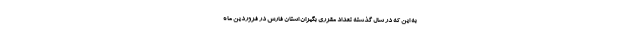
به این که در سال گذشته تعداد مقرری بگیران استان فارس در فروردین ماه